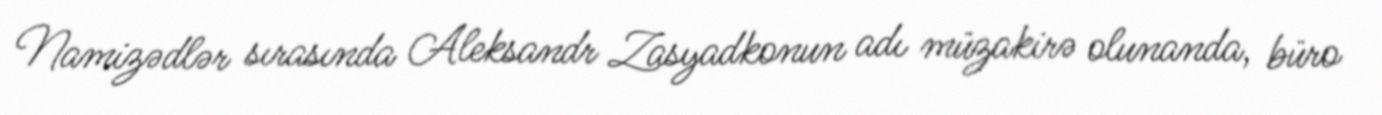
Namizədlər sırasında Aleksandr Zasyadkonun adı müzakirə olunanda, büro